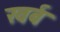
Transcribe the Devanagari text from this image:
खर्ब